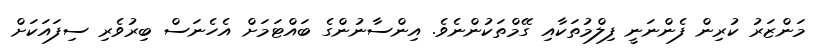
މަންޒަރު ކުރިން ފެންނަނީ ފިލްމުތަކާއި ގޭމްތަކުންނެވެ. އިންސާނުންގެ ބައްޓަމަށް އެހެނަސް ބިރުވެރި ސިފައަކަށް